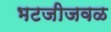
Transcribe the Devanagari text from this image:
भटजीजवळ